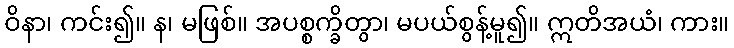
ဝိနာ၊ ကင်း၍။ န၊ မဖြစ်။ အပစ္စက္ခိတွာ၊ မပယ်စွန့်မူ၍။ ဣတိအယံ၊ ကား။